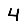
Digit: 4